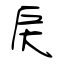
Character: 戻